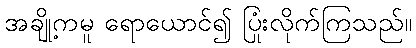
အချို့ကမူ ရောယောင်၍ ပြုံးလိုက်ကြသည်။